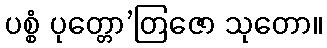
ပစ္စံ ပုတ္တော’တြဇော သုတော။